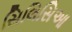
સિલિસિઆ